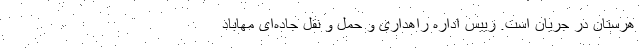
هرستان در جریان است. رییس اداره راهداری و حمل و نقل جاده‌ای مهاباد